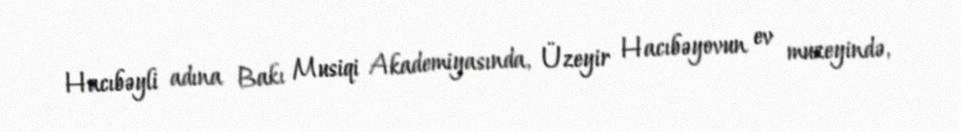
Hacıbəyli adına Bakı Musiqi Akademiyasında, Üzeyir Hacıbəyovun ev muzeyində,